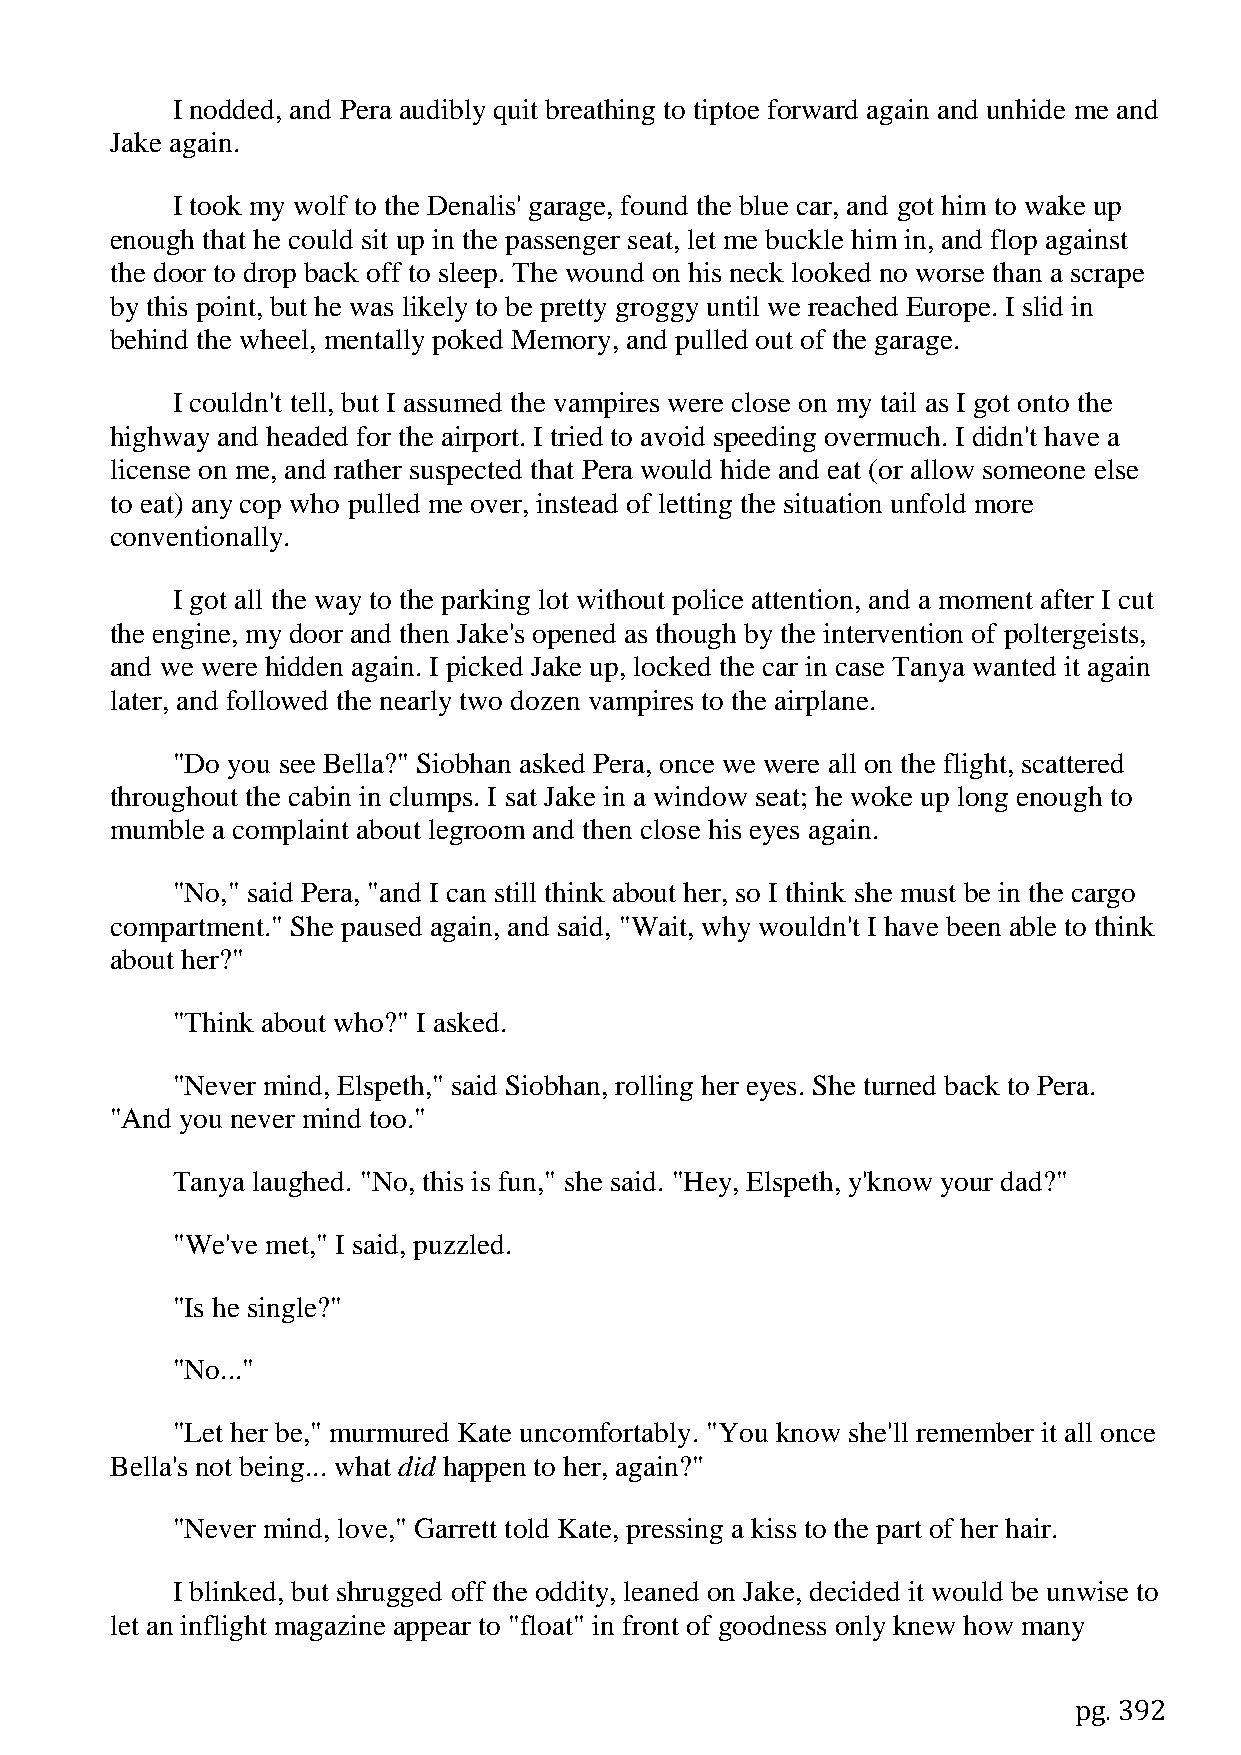
I nodded, and Pera audibly quit breathing to tiptoe forward again and unhide me and
 Jake again.
 I took my wolf to the Denalis' garage, found the blue car, and got him to wake up
 enough that he could sit up in the passenger seat, let me buckle him in, and flop against
 the door to drop back off to sleep. The wound on his neck looked no worse than a scrape
 by this point, but he was likely to be pretty groggy until we reached Europe. I slid in
 behind the wheel, mentally poked Memory, and pulled out of the garage.
 I couldn't tell, but I assumed the vampires were close on my tail as I got onto the
 highway and headed for the airport. I tried to avoid speeding overmuch. I didn't have a
 license on me, and rather suspected that Pera would hide and eat (or allow someone else
 to eat) any cop who pulled me over, instead of letting the situation unfold more
 conventionally.
 I got all the way to the parking lot without police attention, and a moment after I cut
 the engine, my door and then Jake's opened as though by the intervention of poltergeists,
 and we were hidden again. I picked Jake up, locked the car in case Tanya wanted it again
 later, and followed the nearly two dozen vampires to the airplane.
 "Do you see Bella?" Siobhan asked Pera, once we were all on the flight, scattered
 throughout the cabin in clumps. I sat Jake in a window seat; he woke up long enough to
 mumble a complaint about legroom and then close his eyes again.
 "No," said Pera, "and I can still think about her, so I think she must be in the cargo
 compartment." She paused again, and said, "Wait, why wouldn't I have been able to think
 about her?"
 "Think about who?" I asked.
 "Never mind, Elspeth," said Siobhan, rolling her eyes. She turned back to Pera.
 "And you never mind too."
 Tanya laughed. "No, this is fun," she said. "Hey, Elspeth, y'know your dad?"
 "We've met," I said, puzzled.
 "Is he single?"
 "No..."
 "Let her be," murmured Kate uncomfortably. "You know she'll remember it all once
 Bella's not being... what did happen to her, again?"
 "Never mind, love," Garrett told Kate, pressing a kiss to the part of her hair.
 I blinked, but shrugged off the oddity, leaned on Jake, decided it would be unwise to
 let an inflight magazine appear to "float" in front of goodness only knew how many
 pg. 392